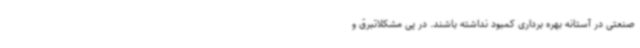
صنعتی در آستانه بهره برداری کمبود نداشته باشند. در پی مشکلاتبرق و